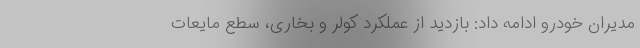
مدیران خودرو ادامه داد: بازدید از عملکرد کولر و بخاری، سطع مایعات